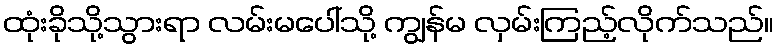
ထုံးခိုသို့သွားရာ လမ်းမပေါ်သို့ ကျွန်မ လှမ်းကြည့်လိုက်သည်။